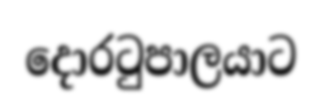
දොරටුපාලයාට